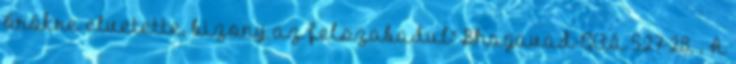
örökre elvetette, bizony az felszabadul" Bhagavad-Gítá 5,27-28. . A